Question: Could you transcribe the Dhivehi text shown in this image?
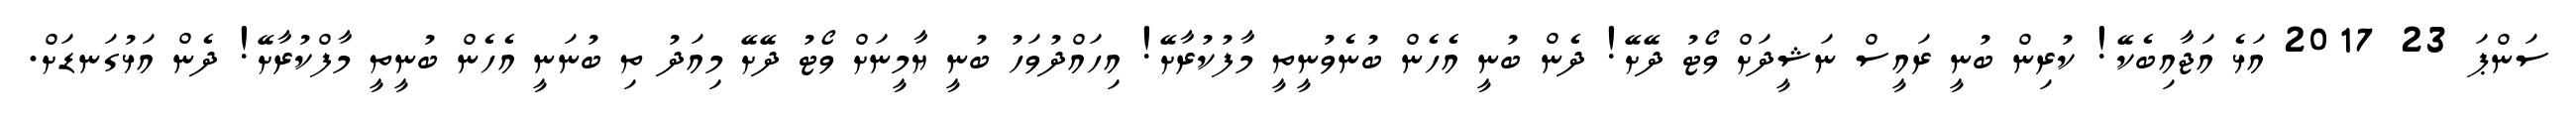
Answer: ސަންޕަ 23 2017 އަޅެ އަޖާއިބެކޭ! ކުރިން ބުނީ ރައީސް ނަޝީދަށް ވޯޓު ދޭށޭ! ދެން ބުނީ އެހެން ބުނެވުނީތީ މާފުކުރާށޭ! އިހައްދުވަހު ބުނީ ޔާމީނަށް ވޯޓު ދޭށޭ މިއަދު ތި ބުނަނީ އެހެން ބުނީތީ މާފްކުރާށޭ! ދެން އަޅުގަނޑަށް.